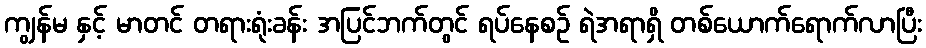
ကျွန်မ နှင့် မာတင် တရားရုံးခန်း အပြင်ဘက်တွင် ရပ်နေစဉ် ရဲအရာရှိ တစ်ယောက်ရောက်လာပြီး